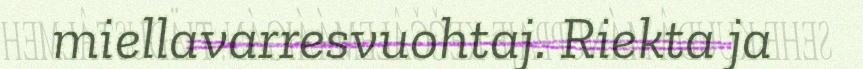
miellavarresvuohtaj. Riekta ja